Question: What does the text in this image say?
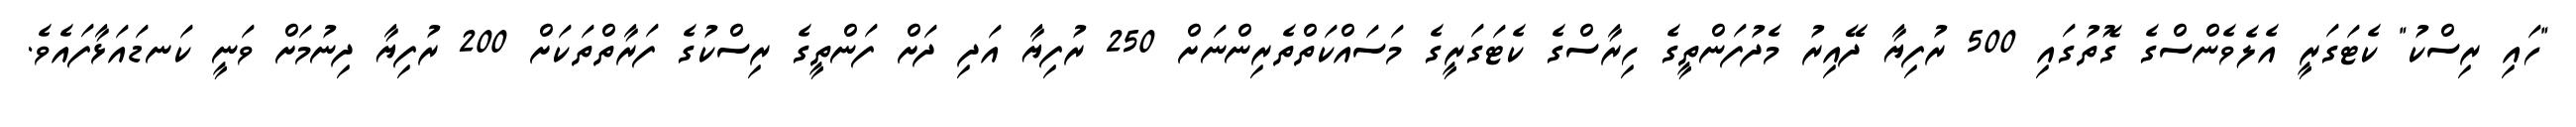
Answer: "ހައި ރިސްކު" ކެޓަގަރީ އެލެވެންސްގެ ގޮތުގައި 500 ރުފިޔާ ދޭއިރު މެދުފަންތީގެ ހިރާސްގެ ކެޓަގަރީގެ މަސައްކަތްތެރިންނަށް 250 ރުފިޔާ އަދި ދަށް ފަންތީގެ ރިސްކުގެ ފަރާތްތަކަށް 200 ރުފިޔާ ދިނުމަށް ވަނީ ކަނޑައަޅާފައެވެ.